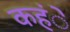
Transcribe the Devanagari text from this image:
कहंे